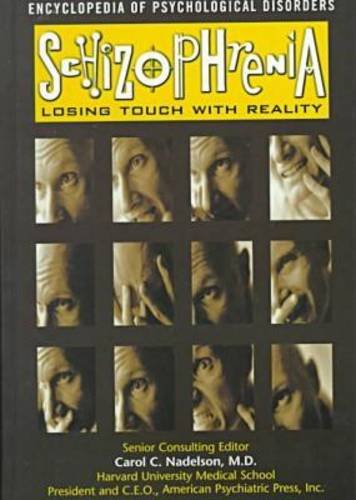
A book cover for Schizophrenia (Psy) (Encyclopedia of Psychological Disorders); Dan Harmon; Teen & Young Adult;